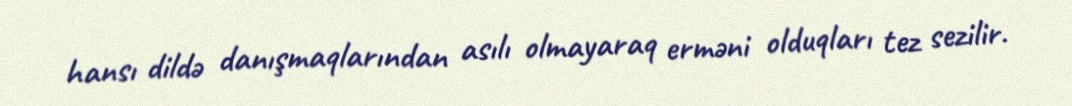
hansı dildə danışmaqlarından asılı olmayaraq erməni olduqları tez sezilir.